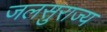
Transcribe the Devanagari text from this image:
जलसुराज्य